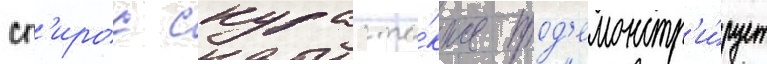
сп'ирос скурас та́кже прод'емонстр'и́рует